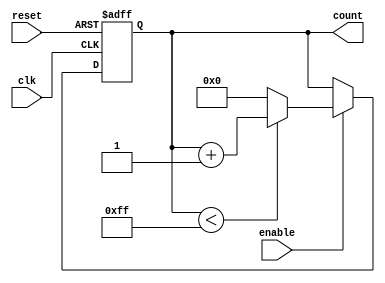
module IncrementalCounter #(
    parameter DATA_WIDTH = 8 // Define the data width of the counter
)(
    input wire clk,          // Clock input
    input wire reset,        // Reset signal
    input wire enable,       // Enable signal for counting
    output reg [DATA_WIDTH-1:0] count // Current count value output
);

// Internal signal for maximum count value
localparam MAX_COUNT = (1 << DATA_WIDTH) - 1;

always @(posedge clk or posedge reset) begin
    if (reset) begin
        // Asynchronous reset: initialize count to 0
        count <= 0;
    end else if (enable) begin
        // Increment the count value if enabled
        if (count < MAX_COUNT) begin
            count <= count + 1;
        end else begin
            // Overflow condition: wrap back to 0
            count <= 0;
        end
    end
end

endmodule